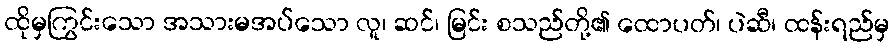
ထိုမှကြွင်းသော အသားမအပ်သော လူ၊ ဆင်၊ မြင်း စသည်တို့၏ ထောပတ်၊ ပဲဆီ၊ ထန်းရည်မှ